ELKNU_Lihula_Rajoonikomitee, lk 6
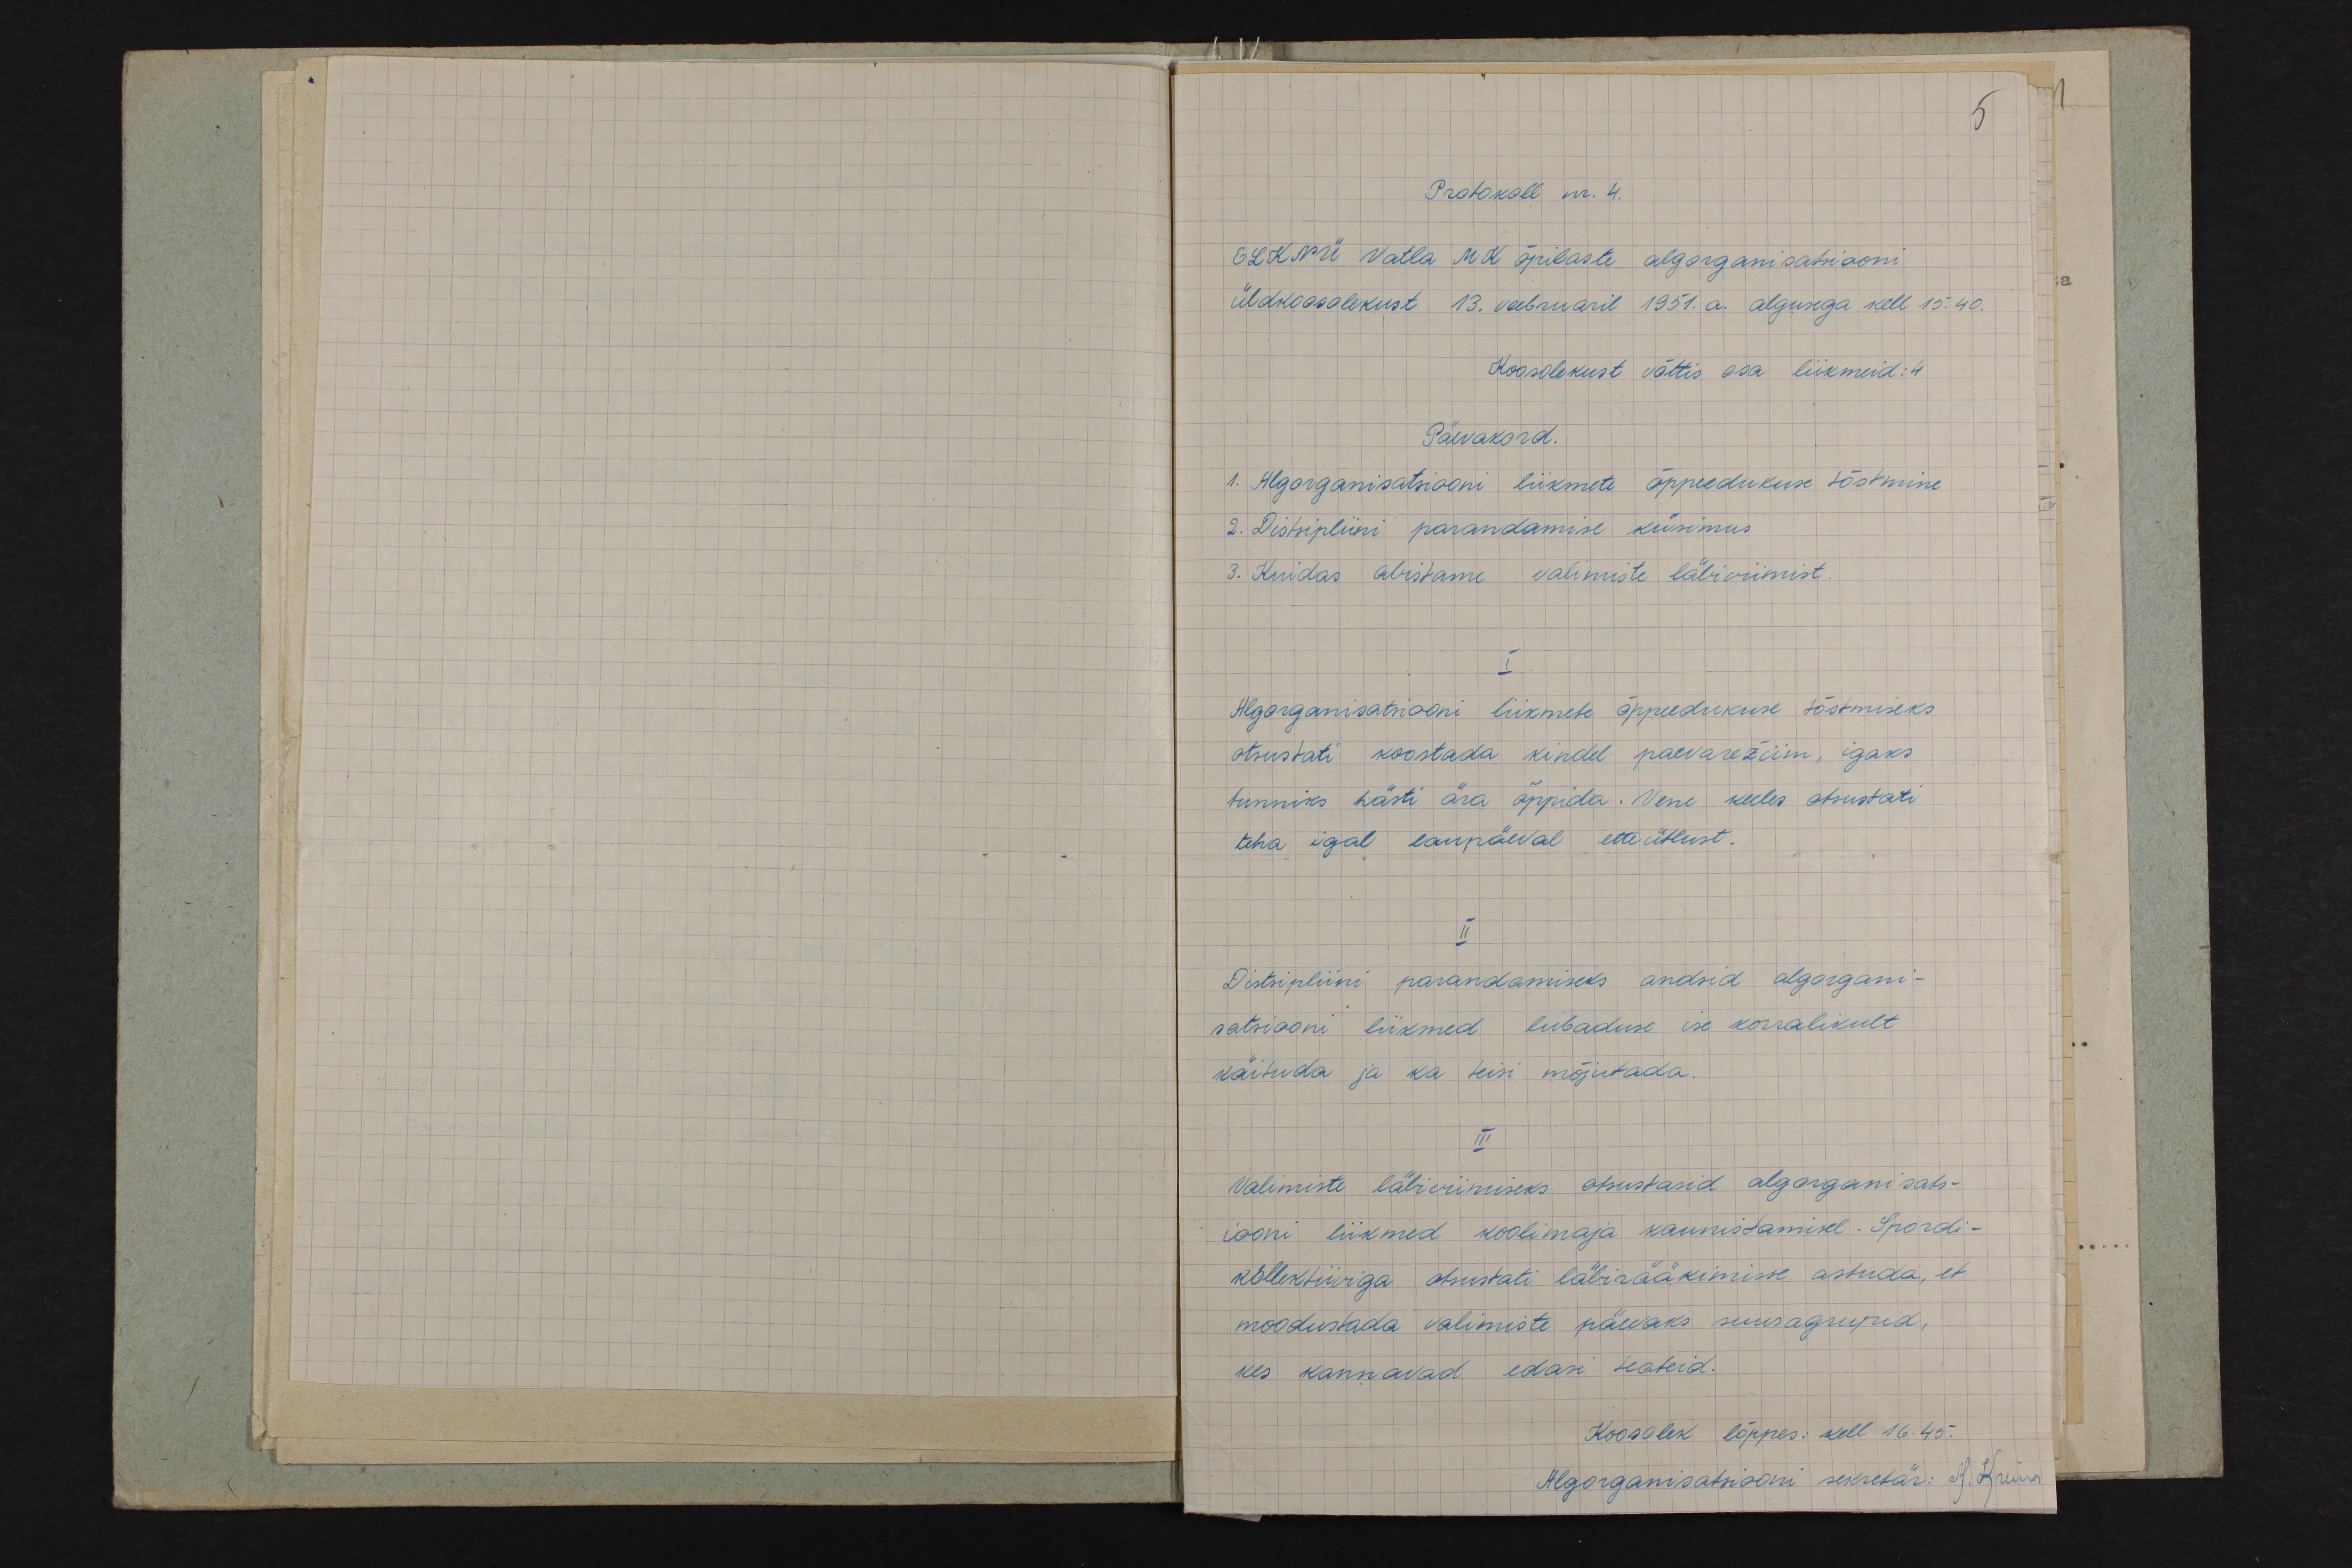
5
Protokoll nr. 4.
ELKNÜ Vatla MK õpilaste algorganisatsiooni
üldkoosolekust 13. veebruaril 1951.a. algusega kell 15.40.
Koosolekust võttis osa liikmeid: 4
Päevakord.
1. Algorganisatsiooni liikmete õppeedukuse tõstmine
2. Distsipliini parandamise küsimus
3. Kuidas abistame valimiste läbiviimist.
I
Algorganisatsiooni liikmete õppeedukuse tõstmiseks
otsustati koostada kindel paevarežiim, igaks
tunniks hästi ära õppida. Vene keeles otsustati
teha igal laupäeval etteütlust.
II
Distsipliini parandamiseks andsid algorgani-
satsiooni liikmed lubaduse ise korralikult
käituda ja ka teisi mõjutada.
III
Valimiste läbiviimiseks otsustasid algorganisats-
iooni liikmed koolimaja kaunistamisel. Spordi-
kollektiiviga otsustati läbirääkimisse astuda, et
moodustada valimiste päevaks suusagrupid,
kes kannavad edasi teateid.
Koosolek lõppes: kell 16.45.
Algorganisatsiooni sekretär: A. Kreim